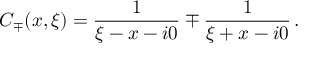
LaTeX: C _ { \mp } ( x , \xi ) = \frac { 1 } { \xi - x - i 0 } \mp \frac { 1 } { \xi + x - i 0 } \, .